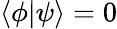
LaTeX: \langle\phi\vert\psi\rangle=0